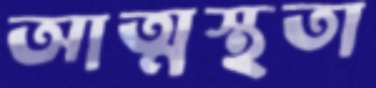
আত্মস্থতা